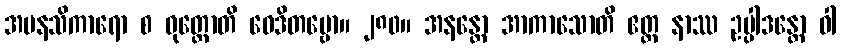
အမနသိကာရော စ ဝုတ္တောတိ ဝေဒိတဗ္ဗော။ ၂၈၀။ အနန္တော အာကာသောတိ ဧတ္ထ နာဿ ဥပ္ပါဒန္တော ဝါ